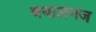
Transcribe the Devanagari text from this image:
चयालनज